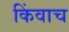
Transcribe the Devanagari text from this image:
किंवाच